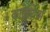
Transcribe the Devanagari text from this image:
काटेशिया